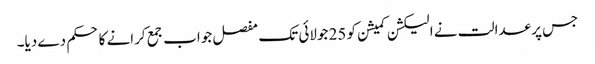
جس پر عدالت نے الیکشن کمیشن کو 25 جولائی تک مفصل جواب جمع کرانے کا حکم دے دیا۔